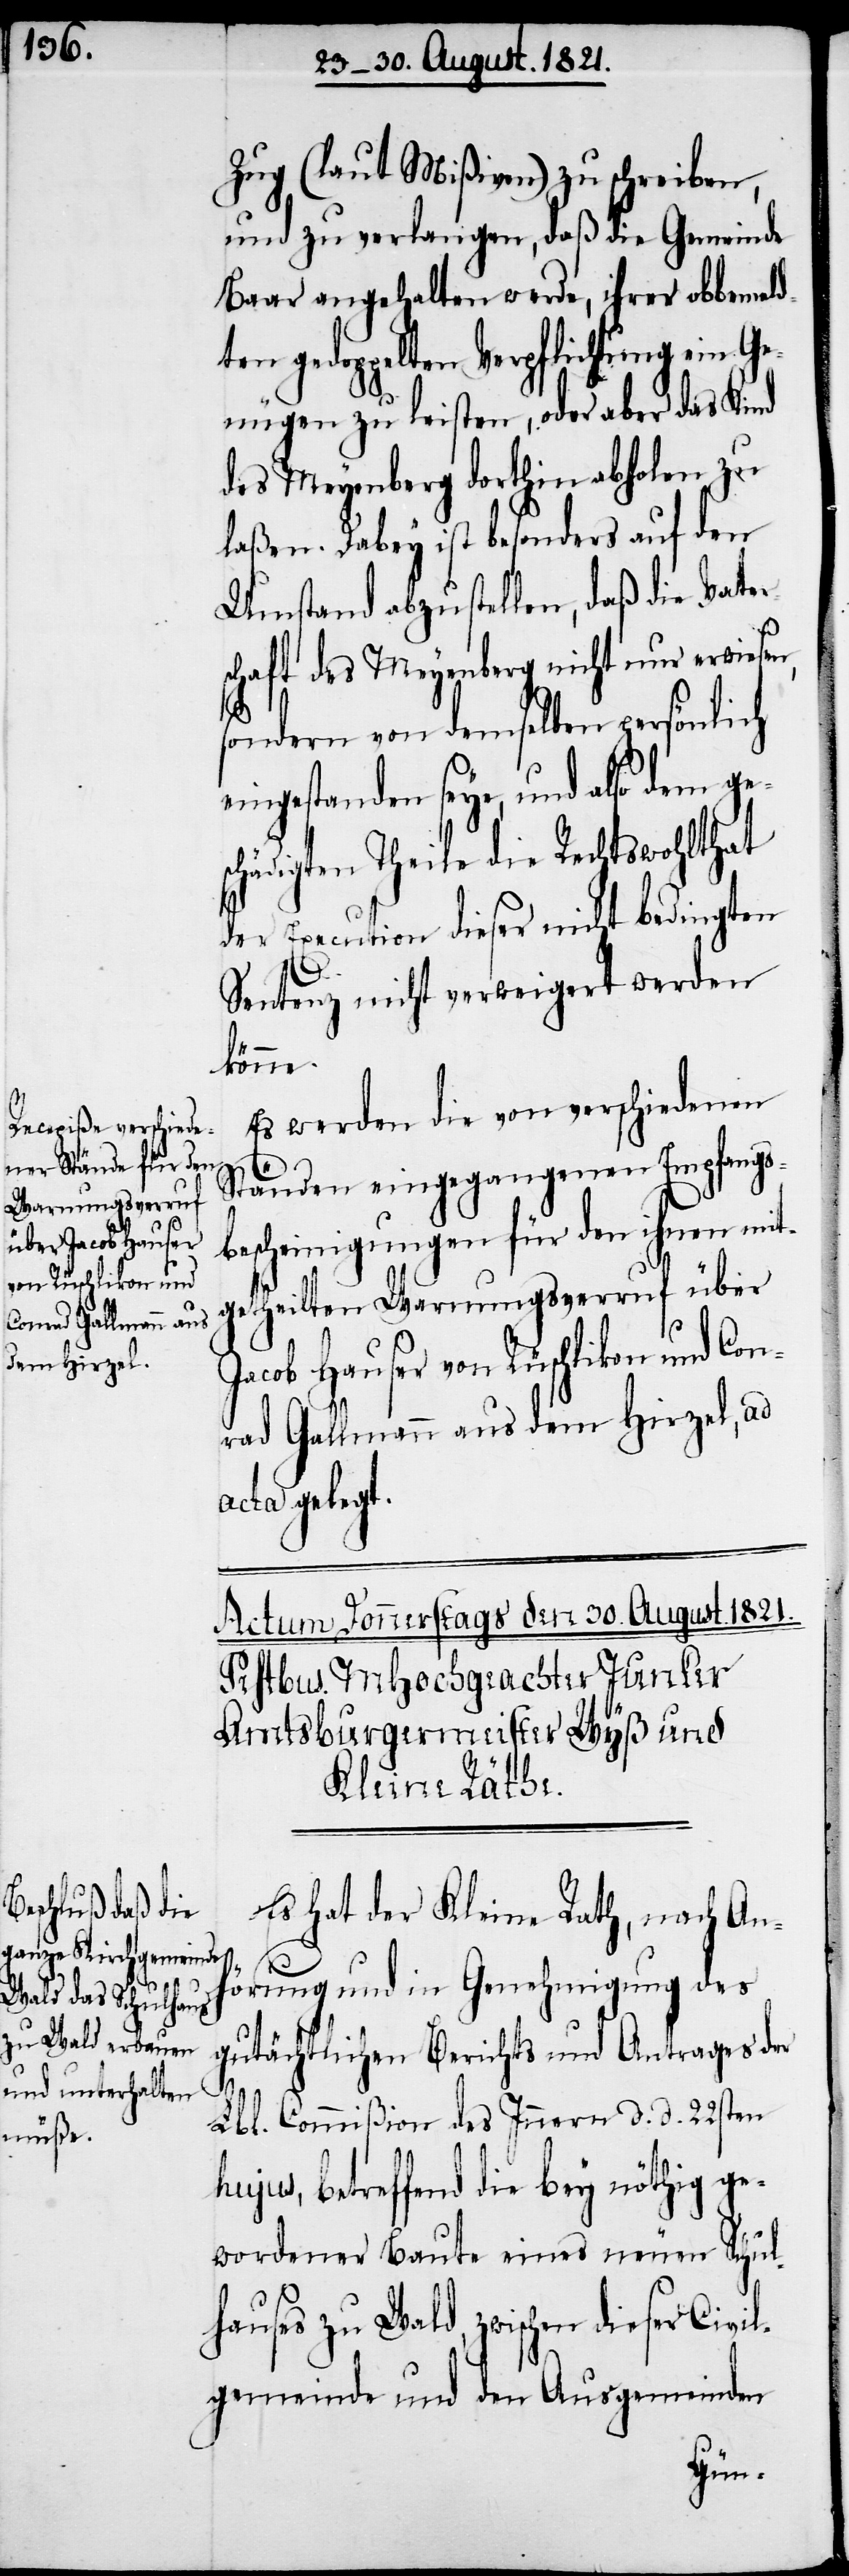
Zug (laut Mißiven) zu schreiben,
und zu verlangen, daß die Gemeinde
Baar angehalten werde, ihrer obbemeld¬
ten gedoppelten Verpflichtung ein Ge¬
nügen zu leisten, oder aber das Kind
des Meyenberg dorthin abholen zu
laßen. Dabey ist besonders auf den
Umstand abzustellen, daß die Vater¬
schaft des Meyenberg nicht nur erwiesen,
sondern von demselben persönlich
eingestanden seye, und also dem ges¬
chädigten Theile die Rechtswohltat
der Execution dieser nicht bedingten
Sentenz nicht verweigert werden
könne.
Es werden die von verschiedenen
Ständen eingegangenen Empfangs¬
bescheinigungen für den ihnen mit¬
getheilten Warnungsverruf über
Jacob Hauser von Rüschlikon und Con¬
rad Gallmann aus dem Hirzel, ad
acta gelegt.
Es hat der Kleine Rat, nach An¬
hörung und in Genehmigung des
gutächtlichen Berichts und Antrages der
Lbl. Commißion des Innern d. d. 22sten
hujus, betreffend die bey nöthig ge¬
wordener Baute eines neuen Schul¬
hauses zu Wald, zwischen dieser Civil¬
gemeinde und den Ausgemeinden